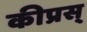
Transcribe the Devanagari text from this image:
कीप्रस्